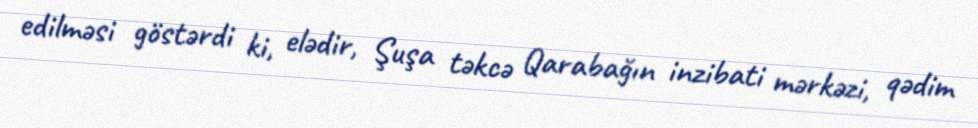
edilməsi göstərdi ki, elədir, Şuşa təkcə Qarabağın inzibati mərkəzi, qədim